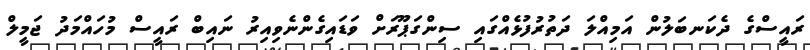
ރައީސްގެ ދެކަނބަލުން އަމިއްލަ ދަތުރުފުޅެއްގައި ސިންގަޕޫރަށް ވަޑައިގެންނެވިއިރު ނައިބް ރައީސް މުހައްމަދު ޖަމީލް